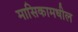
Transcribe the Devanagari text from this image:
मासिकामधील